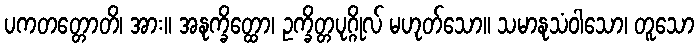
ပကတတ္တောတိ၊ အား။ အနုက္ခိတ္ထော၊ ဥက္ခိတ္တပုဂ္ဂိုလ် မဟုတ်သော။ သမာနုသံဝါသော၊ တူသော